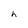
Character: h